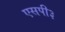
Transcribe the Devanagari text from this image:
एसपी३